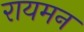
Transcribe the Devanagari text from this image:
रायमन